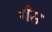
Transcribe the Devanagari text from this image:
गँस